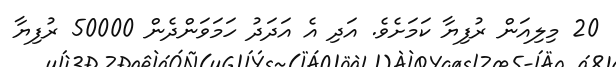
20 މިލިއަން ރުފިޔާ ކަމަށެވެ. އަދި އެ އަދަދު ހަމަވަންދެން 50000 ރުފިޔާ